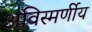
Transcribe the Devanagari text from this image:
अविस्मर्णीय